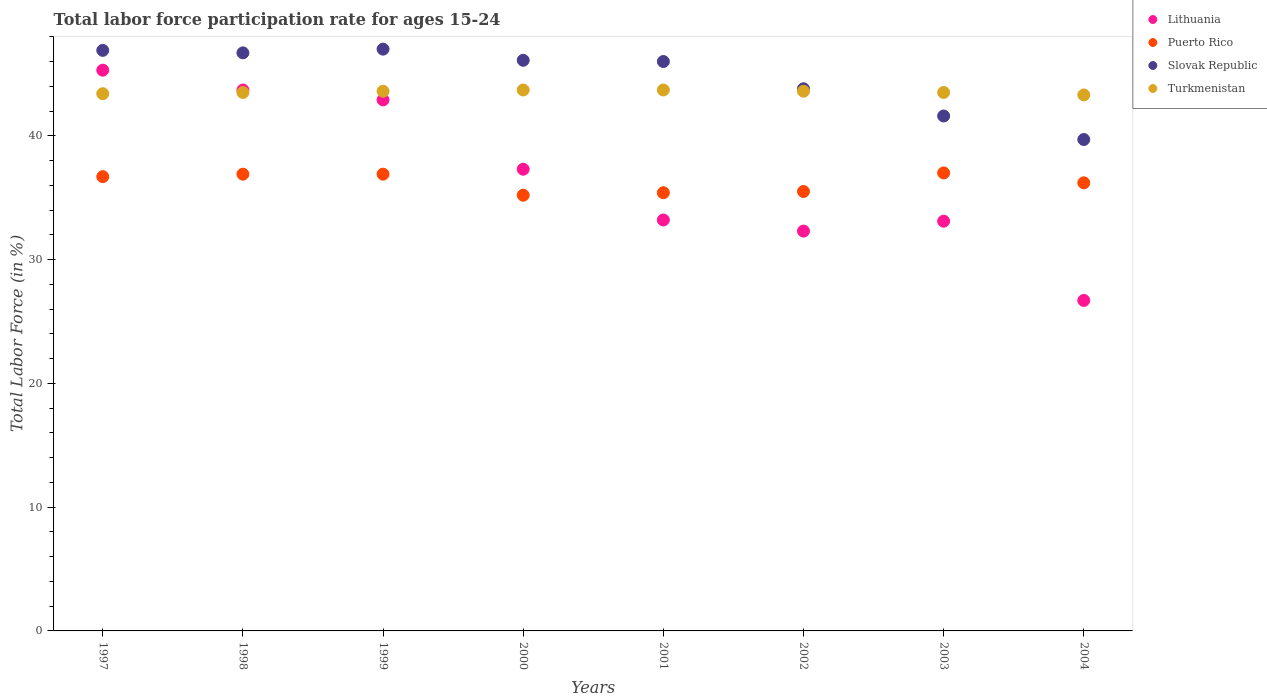
| Years | Lithuania | Puerto Rico | Slovak Republic | Turkmenistan |
 | --- | --- | --- | --- | --- |
 | 1997 | 45.3 | 36.7 | 46.9 | 43.4 |
 | 1998 | 43.7 | 36.9 | 46.7 | 43.5 |
 | 1999 | 42.9 | 36.9 | 47 | 43.6 |
 | 2000 | 37.3 | 35.2 | 46.1 | 43.7 |
 | 2001 | 33.2 | 35.4 | 46 | 43.7 |
 | 2002 | 32.3 | 35.5 | 43.8 | 43.6 |
 | 2003 | 33.1 | 37 | 41.6 | 43.5 |
 | 2004 | 26.7 | 36.2 | 39.7 | 43.3 |